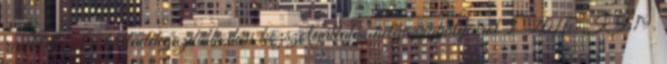
rendelet – A hulladékgazdálkodási közszolgáltatás helyi szabályairól 2 2016. II.19.